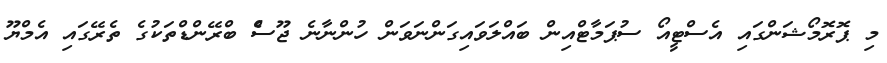
މި ޕޮރޮމޯޝަންގައި އެސްޓީއޯ ސުޕަމާޓްއިން ބައްލަވައިގަންނަވަން ހުންނާނެ ޖޫސްެ ބްރޭންޑްތަކުގެ ތެރޭގައި އެމްޔޫ